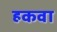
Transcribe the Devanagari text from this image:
हकवा